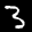
Label: 3